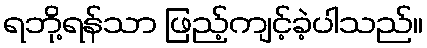
ရဘို့ရန်သာ ဖြည့်ကျင့်ခဲ့ပါသည်။